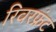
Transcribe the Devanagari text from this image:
रिवरफ्रंट